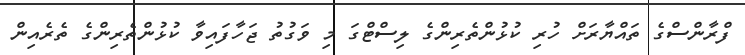
ފްރާންސްގެ ތައްޔާރަށް ހުރި ކުޅުންތެރިންގެ ލިސްޓްގަ މި ވަގުތު ޖަހާފައިވާ ކުޅުންތެރިންގެ ތެރެއިން